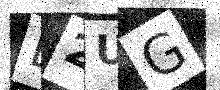
Text: B2UG